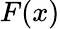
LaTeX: F(x)